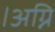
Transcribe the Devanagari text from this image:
।अग्नि